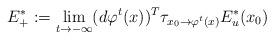
LaTeX: \begin{align*} E_{+}^*:=\lim\limits_{t\to -\infty}(d\varphi^t(x))^{T}\tau_{x_0\to \varphi^t(x)}E_u^*(x_0)\end{align*}